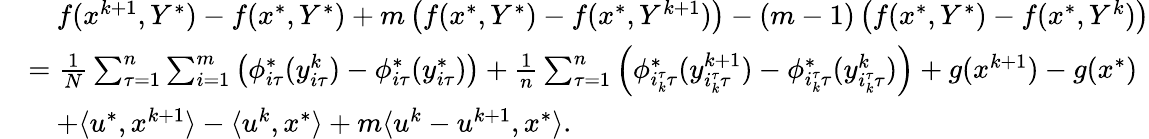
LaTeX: \begin{array}{rl}&{\quad f(x^{k+1},Y^{*})-f(x^{*},Y^{*})+m\left(f(x^{*},Y^{*})-f(x^{*},Y^{k+1})\right)-(m-1)\left(f(x^{*},Y^{*})-f(x^{*},Y^{k})\right)}\\ &{=\frac{1}{N}\sum_{\tau=1}^{n}\sum_{i=1}^{m}\left(\phi_{i\tau}^{*}(y_{i\tau}^{k})-\phi_{i\tau}^{*}(y_{i\tau}^{*})\right)+\frac{1}{n}\sum_{\tau=1}^{n}\left(\phi_{i_{k}^{\tau}\tau}^{*}(y_{i_{k}^{\tau}\tau}^{k+1})-\phi_{i_{k}^{\tau}\tau}^{*}(y_{i_{k}^{\tau}\tau}^{k})\right)+g(x^{k+1})-g(x^{*})}\\ &{\quad+\langle u^{*},x^{k+1}\rangle-\langle u^{k},x^{*}\rangle+m\langle u^{k}-u^{k+1},x^{*}\rangle.}\end{array}